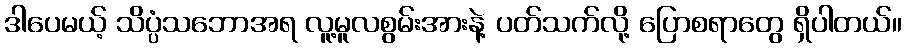
ဒါပေမယ့် သိပ္ပံသဘောအရ လူ့မူလစွမ်းအားနဲ့ ပတ်သက်လို့ ပြောစရာတွေ ရှိပါတယ်။